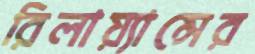
রিলায়্যান্সের